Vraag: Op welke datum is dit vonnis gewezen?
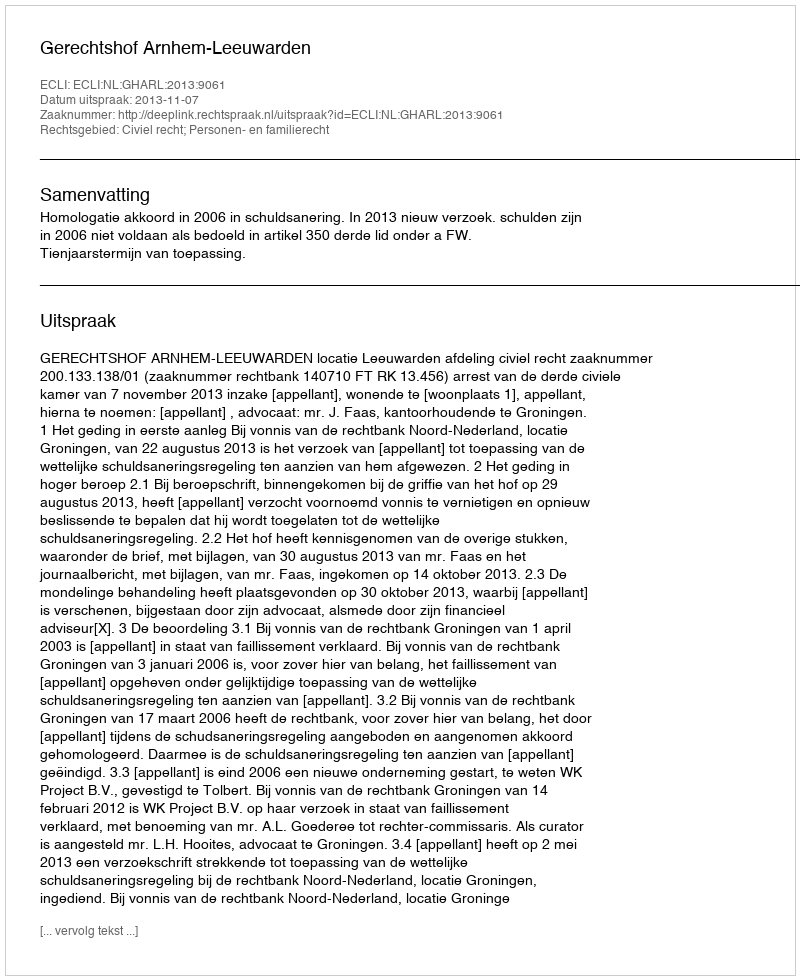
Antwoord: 2013-11-07